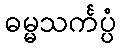
ဓမ္မသင်္ကပ္ပံ